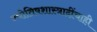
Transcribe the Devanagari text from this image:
ज्योतिषशास्त्रादींचाही